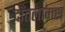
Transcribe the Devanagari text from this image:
दाँतलावास